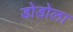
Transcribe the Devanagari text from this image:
डोडोला